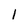
Character: I